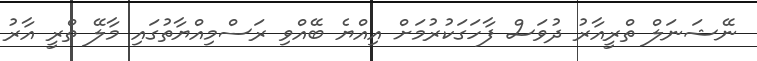
ނޭޝަނަލް ތްރީއާރު ދުވަސް ފާހަގަކުރުމަށް އިއްޔެ ބޭއްވި ރަސްމިއްޔާތުގައި މާލޭ ތްރީ އާރު